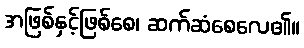
အဖြစ်နှင့်ဖြစ်စေ၊ ဆက်ဆံစေလေ၏။